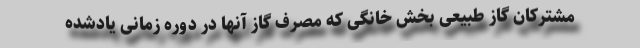
مشترکان گاز طبیعی بخش خانگی که مصرف گاز آنها در دوره زمانی یادشده